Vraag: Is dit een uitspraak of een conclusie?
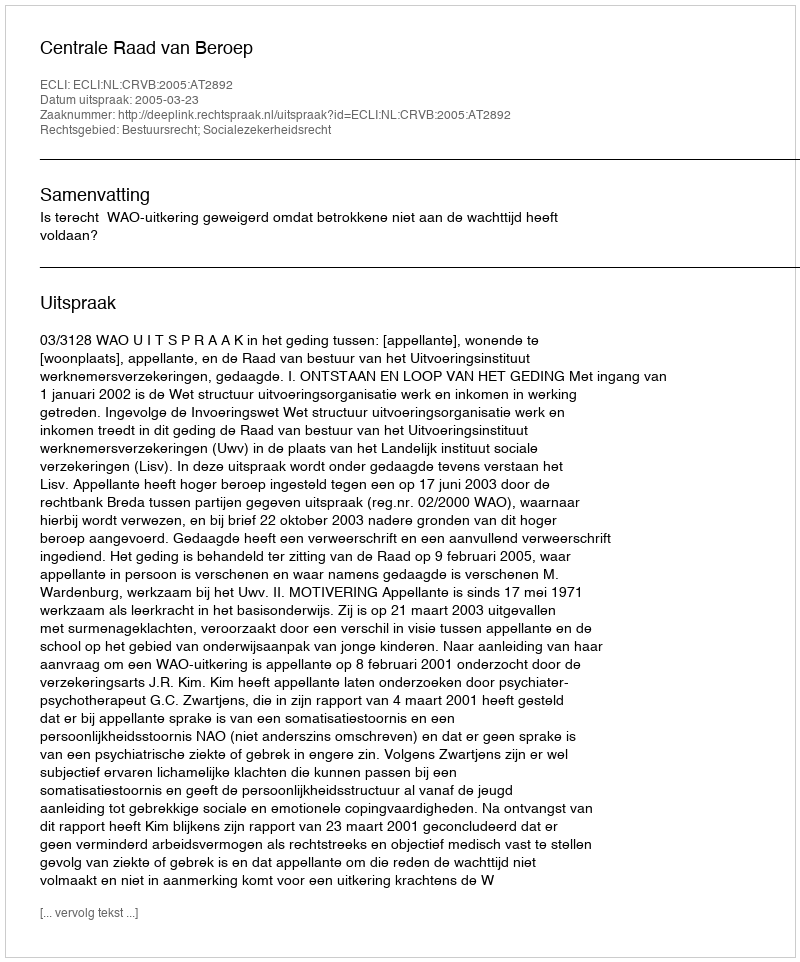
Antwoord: Uitspraak